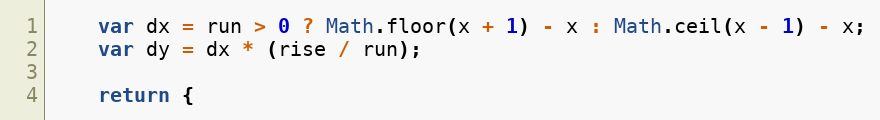
Language: JavaScript
    var dx = run > 0 ? Math.floor(x + 1) - x : Math.ceil(x - 1) - x;
    var dy = dx * (rise / run);

    return {